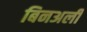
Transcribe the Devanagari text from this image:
बिनअली